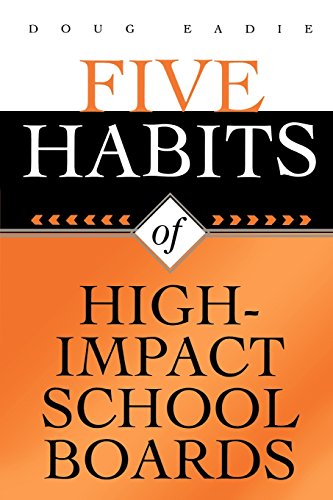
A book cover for Five Habits of High-Impact School Boards; Doug Eadie; Education & Teaching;